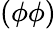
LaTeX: (\phi\phi)